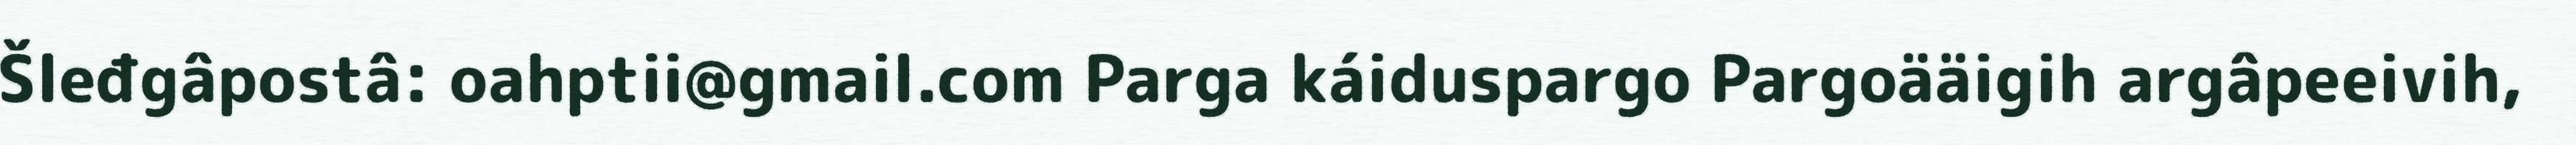
Šleđgâpostâ: oahptii@gmail.com Parga káiduspargo Pargoääigih argâpeeivih,